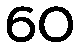
60